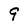
Character: 9